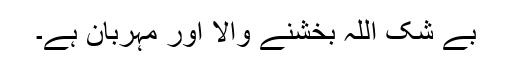
بے شک اللہ بخشنے والا اور مہربان ہے۔